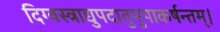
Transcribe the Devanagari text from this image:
दिग्वस्त्राद्युपदातुमुपाकर्षन्तम्‌।